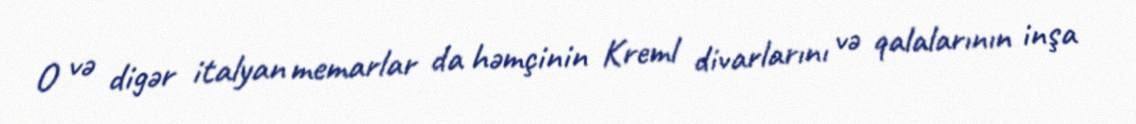
O və digər italyan memarlar da həmçinin Kreml divarlarını və qalalarının inşa